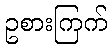
ဥစားကြက်